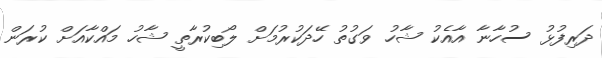
ދަރިފުޅު ސުހާނާ އާއެކު ޝާހު ވަގުތު ހޭދަކުރުމަށް ލޯބިކުރާތީ ޝާހު މައްކާއަށް ކުރަން